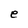
Character: e